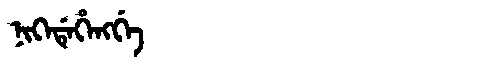
Manchu: ᠨᡳᡴᡝᡩᡝᡥᡝᠩᡤᡝ
Romanization: NIKEDEHENGGE